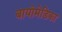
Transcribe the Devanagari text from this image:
बायोमेडिका